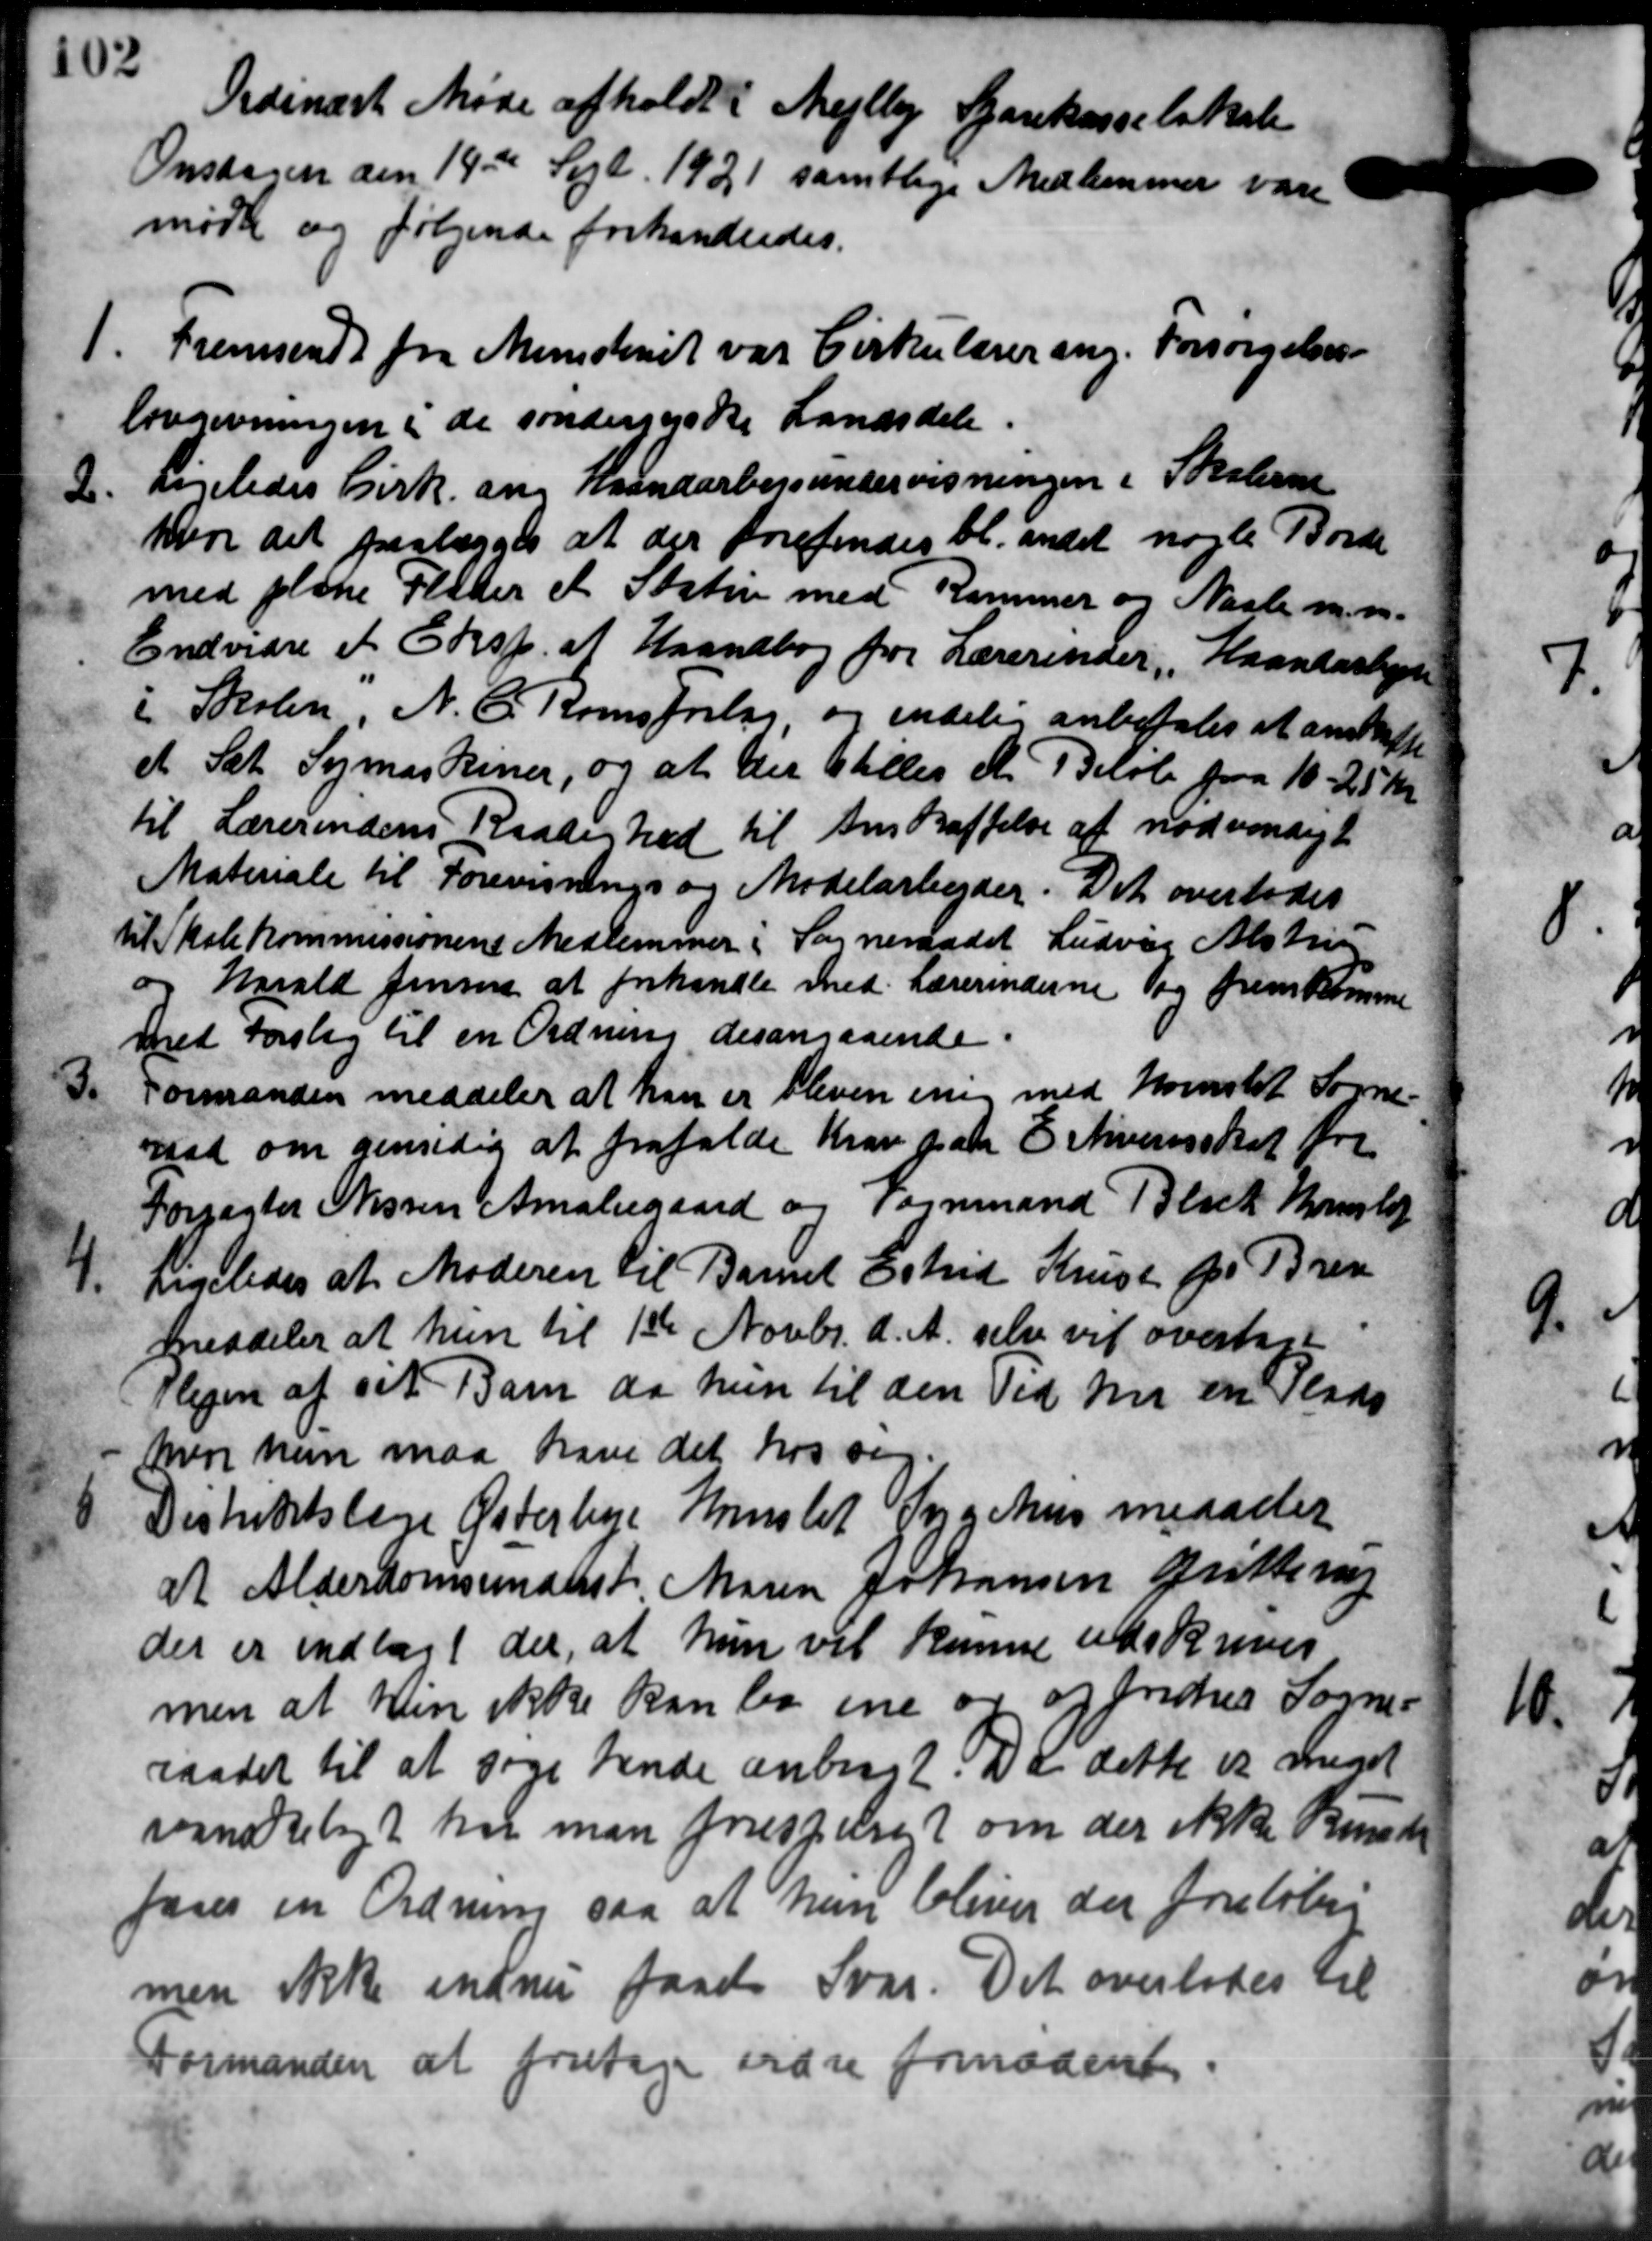
Transskription:
Ordinært Møde afholdt i Mejlby Sparekasselskole
Onsdagen den 19de Sept. 1921 samtlige Medlemmer vare
mødte og følgende forhandledes.
1. Fremsendt fra Ministeriet var Cirkulærer ang. Forsørgelses-
1. Fremsendt fra Ministeriet var Cirkulærer ang. Forsørgelses-
lovgivningen i de sønderjyske Landsdele.
2. Ligeledes Cirk om Haandarbejsundervisningen i Skolerne
2. Ligeledes Cirk om Haandarbejsundervisningen i Skolerne
hvor det paalægges at der forefindes bl. andet nogle Borde
med plane Flader et Staten med Kammer og Naale m. m.
Endvidre et Eksp. af Haandbog for Lærerinder, Haandarbejd
i Skolen N. C. Roms frelse, og endelig anbefales at anskaffe
et Sæt Symaskiner, og at der stilles et Beløb paa 10. 25 Kr.
til Lærerindens Raadighed til Anskaffelse af nødvendigt
Materiale til Forevisnings og Mødetarbejder. Det overlodes
til Skolekommissionens Medlemmer i Sogneraadet Ludvig Alstrup
og Harald Jensen at forhandle med Lærerinderne og fremkomme
med Forslag til en Ordning desangaaende
3.
Formanden meddeler at han er bleven enig med Hornslet Sogne-
raad om gensidig at frafalde Krav paa Erhvervsskat for
Forpagter Nissen Amaliegaard og Vognmand Black Kristo
4
Ligeledes at Moderen til Barnet Estrid Krist for Brev
meddeler at hun til 1ste Novbr. d. A. selv vil overtage
Plejen af sit Barn da hun til den Tid nu en Plads
hvor han maa have det hos sig.
Distriktslæge Østerbye Henslet Se og hus meddeler
at Alderdomsunderst Maren Johansen Grøttrup
der er indlagt der, at hun vil kunne udskrives
men at hun ikke kan bo ene er og frides Sogne-
raadet til at søge hende anbragt. Da dette er meget
vanskeligt har man forespøret om der ikke kunde
føres en Ordning saa at hun bliver der foreløbig
men ikke endnu faaet Svar. Det overlodes til
Formanden at foretage ordre fornødent.